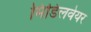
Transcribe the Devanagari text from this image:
मिडिलवेयर